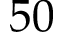
5 0